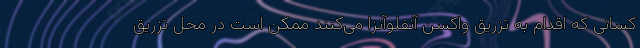
کسانی که اقدام به تزریق واکسن آنفلوآنزا می‌کنند ممکن است در محل تزریق